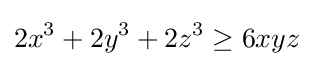
2x^{3}+2y^{3}+2z^{3}\geq 6xyz